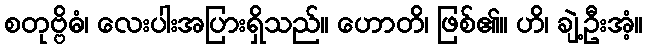
စတုဗ္ဗိဓံ၊ လေးပါးအပြားရှိသည်။ ဟောတိ၊ ဖြစ်၏။ ဟိ၊ ချဲ့ဦးအံ့။